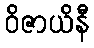
ဝိဇာယိနီ